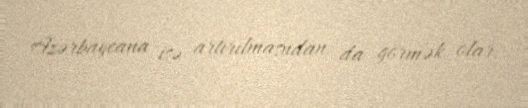
Azərbaycana isə artırılmasndan da görmək olar.